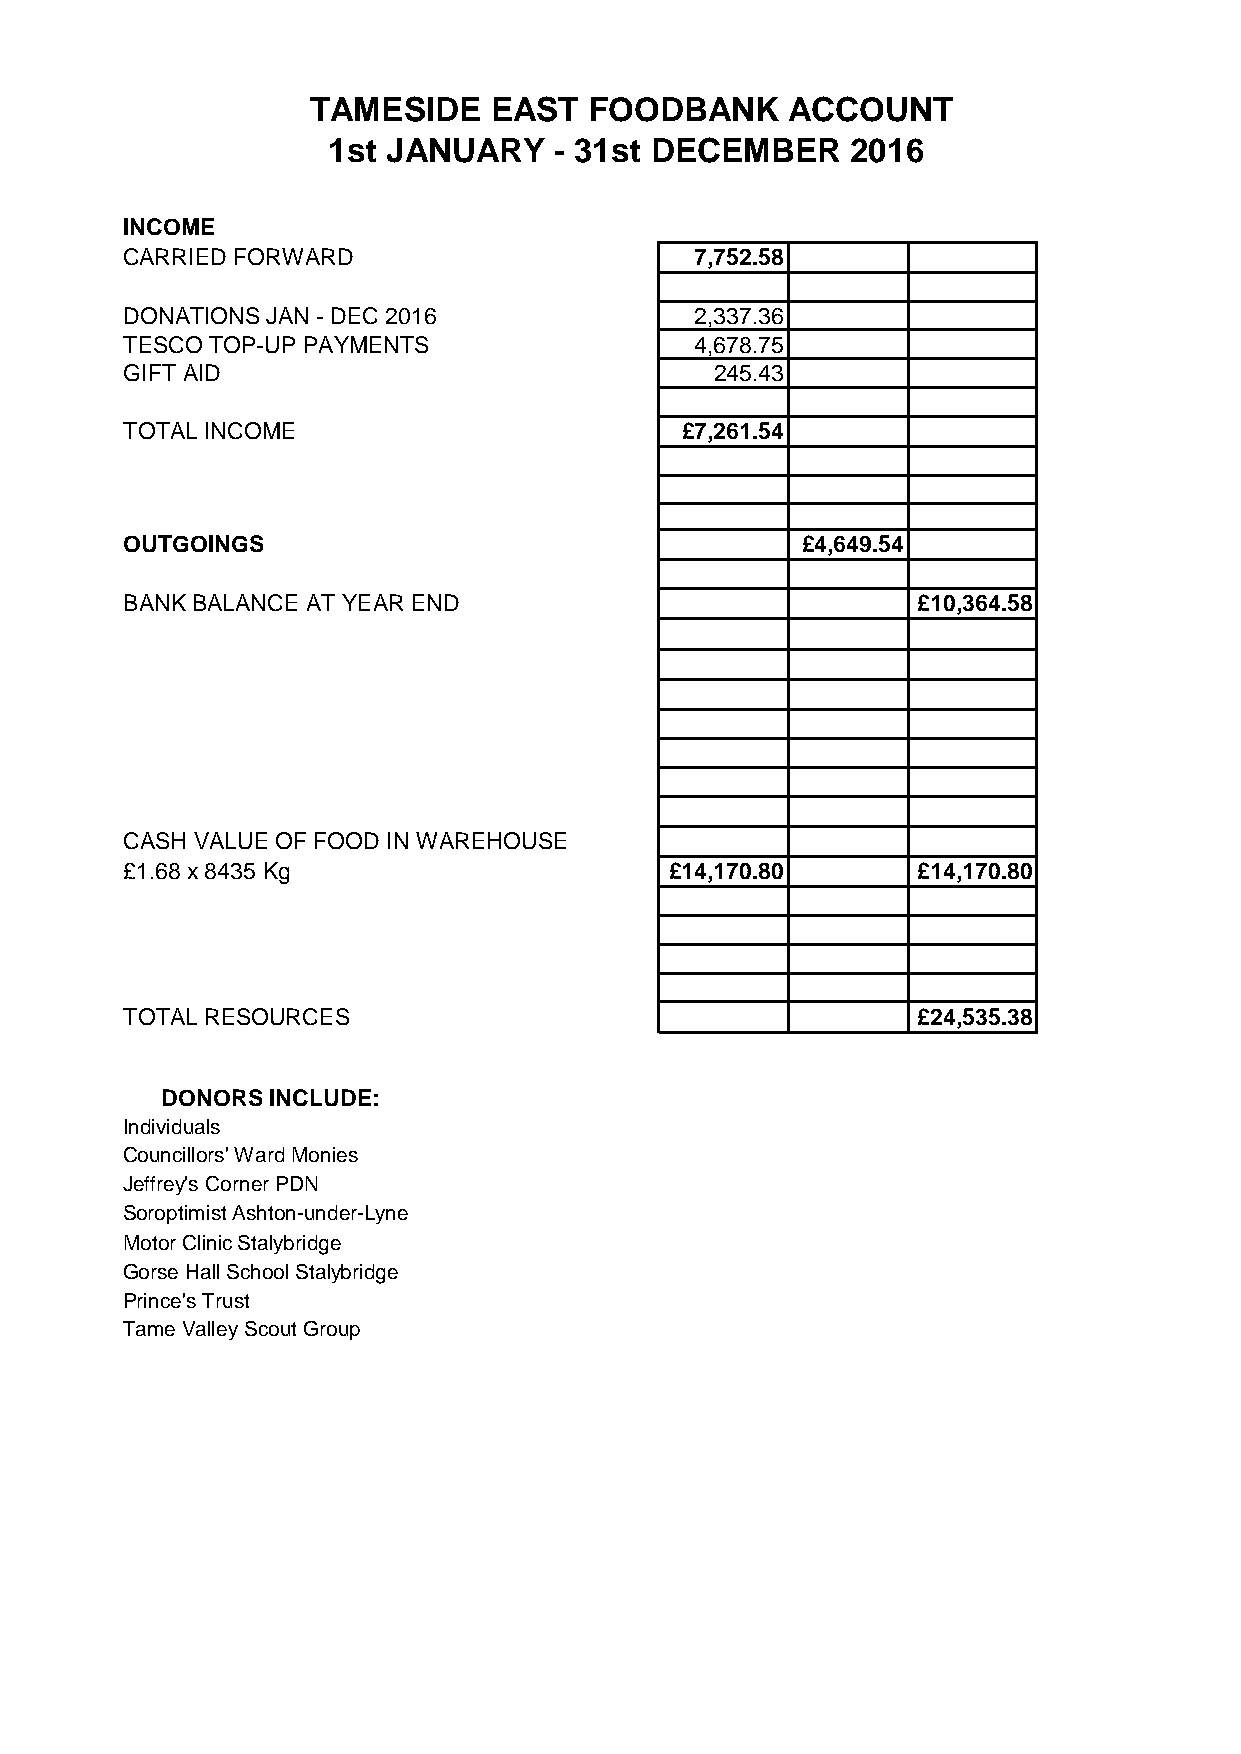
TAMESIDE   EAST   FOODBANK     ACCOUNT
 1st JANUARY    - 31st DECEMBER    2016
 INCOME
 CARRIED FORWARD                       7,752.58
 DONATIONS JAN - DEC 2016              2,337.36
 TESCO TOP-UP PAYMENTS                 4,678.75
 GIFT AID                               245.43
 TOTAL INCOME                         £7,261.54
 OUTGOINGS                                    £4,649.54
 BANK BALANCE AT YEAR END                             £10,364.58
 CASH VALUE OF FOOD IN WAREHOUSE
 £1.68 x 8435 Kg                     £14,170.80       £14,170.80
 TOTAL RESOURCES                                      £24,535.38
 DONORS INCLUDE:
 Individuals
 Councillors' Ward Monies
 Jeffrey's Corner PDN
 Soroptimist Ashton-under-Lyne
 Motor Clinic Stalybridge
 Gorse Hall School Stalybridge
 Prince's Trust
 Tame Valley Scout Group